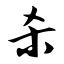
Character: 杀